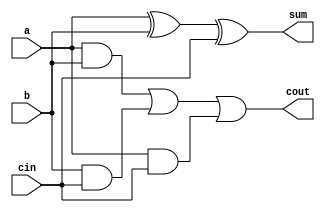
module fulladd(a, b, cin, sum, cout);
input a;
input b;
input cin;
output sum;
output cout;
assign sum=(a^b^cin);
assign cout=((a&b)|(b&cin)|(a&cin));
endmodule

module adder#(parameter n=32) (input  [n-1:0]a,input  [n-1:0]b,output reg [n:0]num);
wire  [n-1:0]sum;
wire  [n:0]cout;
integer k;
assign cout[0]=0;

generate
genvar i;
for( i=0; i<n;i=i+1)
fulladd myfa(a[i],b[i],cout[i],sum[i],cout[i+1]);
endgenerate

always @(*)
begin
for(k=0;k<n;k=k+1)
num[k]=sum[k];
num[n]=cout[n];
end

endmodule



module alu #(parameter n=4)(input [n-1:0]a,input  [n-1:0]b, input [3:0]select,input[4:0]rd,output reg [n:0]c, output reg z);
reg [n-1:0]b2;
wire [n:0]add;
adder #(n) addmod(a,b2,add);

always @(*)begin
if(rd==0)
c=0;
else
case(select)
4'b0010 :begin //add
b2=b;
c=add;
end
4'b0110:begin //sub
b2=~b+1;
c=add;
end
4'b0000:begin
c=a&b;
end
4'b0001:begin
c=a|b;
end
default :
begin
c=0;
end
endcase

if(c[n-1:0]==0)
z=1;
else
z=0;

end
endmodule